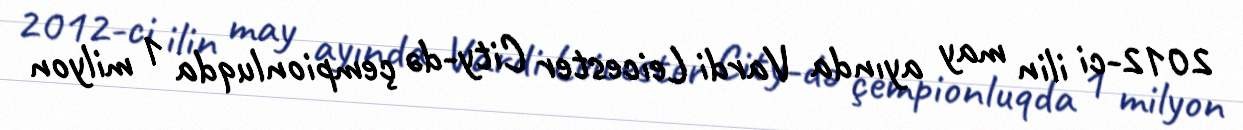
2012-ci ilin may ayında Vardi Leicester City-də çempionluqda 1 milyon